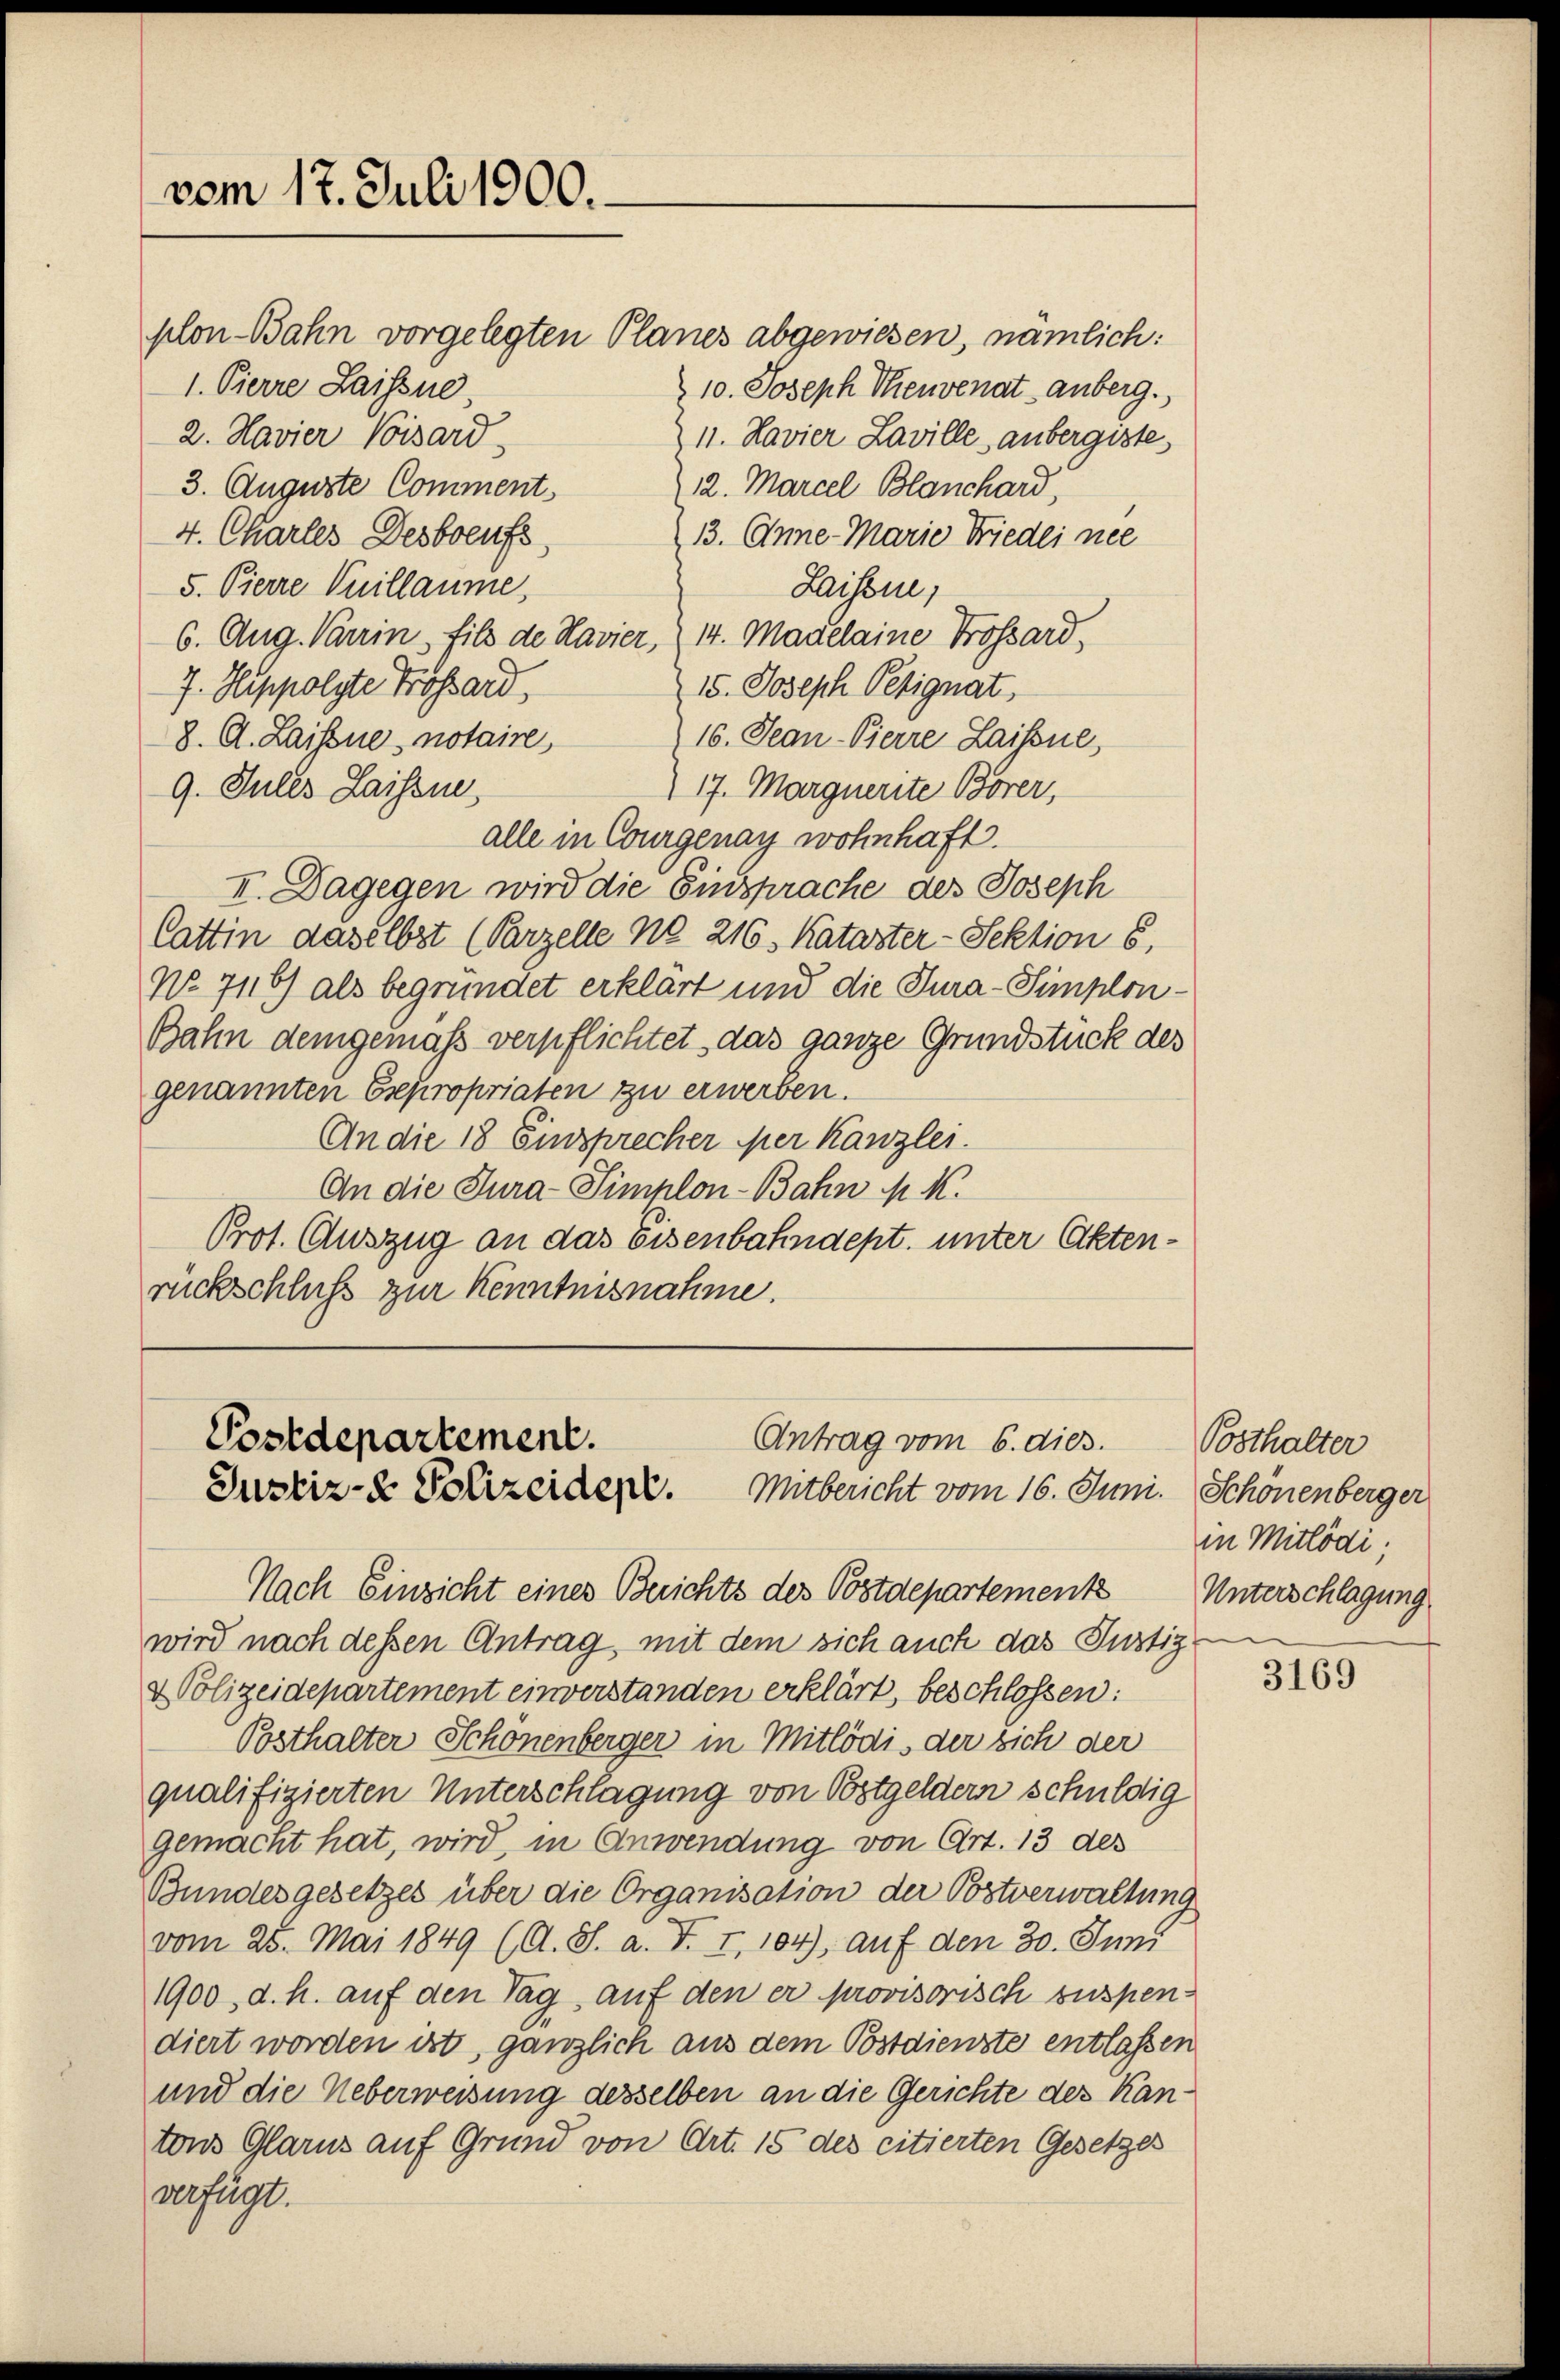
Saisone,
5. Pierre Vuillaume,
6. Aug. Parrin, fils de Navier, 14. Magelaine Trossard,
J. Hippolste Trossard,
15. Joseph Pesignat,
16. Jean-Pierre Laisone
8. C. Laissue, notaire,
9. Jules Laissne
17. Marquerite Borer,
alle in Courgenay wohnhaft.
II. Dagegen wird die Einsprache des Joseph
Cattin daselbst (Parzelle No 216. Kataster-Sektion 6,
No 716) als begründet erklärt und die Tura-Simplon¬
Bahn demgemäß verpflichtet, das ganze Grundstück des
genannten Expropriaten zu erwerben.
An die 18 Einsprecher mer Kanzlei.
An die Jura Simplon-Bahn N. K.
Prot. Auszug an das Eisenbahndept. unter Aktenrückschluß zur Kenntnisnahme.

vom 17. Juli 1900.

plon-Bahn vorgelegten Planes abgewiesen, nämlich:
1. Pierre Laissne
10. Joseph Theuvenat anberg.
2. Havier Visard
11. Havier Laville, anbergiste
3. Auguste Comment
12. Marcel Blanchard,
4. Charles Desboeufs
13. Anne - Marie Friedli nee

Postdepartement.
Antrag vom 6. dies.
Justiz- & Polizeiden. Mitbericht vom 16. Juni. Schönenberger

Nach Einzicht eines Berichts des Postdepartement Unterschlagung
wird nach dessen Antrag, mit dem sich auch das Justiz-
& Polizeidepartement einverstanden erklärt, beschlossen:
Bosthalter Schönenberger in Mitlödis der sich der
qualifizierten Unterschlagung von Obstgeldern schuldig
gemacht hat, wird, in Anwendung von Art. 13 des
Bundesgesetzes über die Organisation der Postverwaltung
vom 25. Mai 1849 (A. S. a. F. I, 104), auf den 30. Juni
1900, d. h. auf den Tag auf den er provisorisch suspen
diert worden ist, gänzlich aus dem Postdienste entlassen
und die Ueberweisung desselben an die Gerichte des Kantons Glarus auf Grund von Art. 15 des citierten Gesetzes
verfügt.

Posthalter
in Mitlödi;

3169